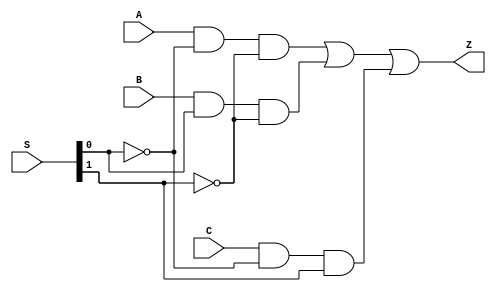
module mux31 (Z, A, B, C, S);

   input [1:0] S;   
   input       A, B, C;

   output      Z;

   not i1 (Sbar0, S[0]);
   not i2 (Sbar1, S[1]);   
   and a1 (w1, A, Sbar0, Sbar1);
   and a2 (w2, B, S[0], Sbar1);
   and a3 (w3, C, Sbar0, S[1]);   
   or o1 (Z, w1, w2, w3);

endmodule // mux31